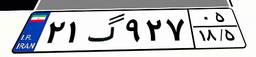
۲۱گ۹۲۷۰۵